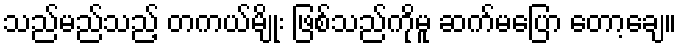
သည်မည်သည့် တကယ်မျိုး ဖြစ်သည်ကိုမူ ဆက်မပြော တော့ချေ။